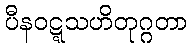
ပီနဝဋ္ဋသဟိတုဂ္ဂတာ